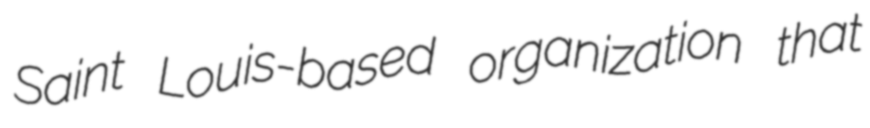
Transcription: Saint Louis-based organization that